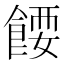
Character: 𩜝